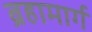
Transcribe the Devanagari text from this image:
ब्रहामार्ग